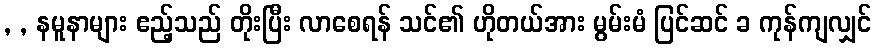
, , နမူနာများ ဧည့်သည် တိုးပြီး လာစေရန် သင်၏ ဟိုတယ်အား မွမ်းမံ ပြင်ဆင် ခ ကုန်ကျလျှင်